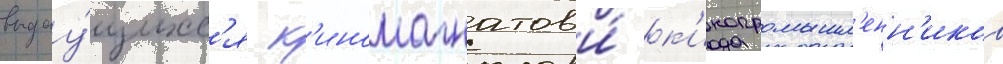
выдау́щихс'я к'иномагнатов и́ к'инопромышл'енн'иков